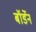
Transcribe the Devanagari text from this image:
बॉर्डेन